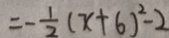
= - \frac { 1 } { 2 } ( x + 6 ) ^ { 2 } - 2